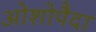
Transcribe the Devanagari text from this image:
ओशोपैदा